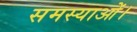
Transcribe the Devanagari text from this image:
समस्याओं।